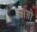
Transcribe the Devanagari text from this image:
माग़ो